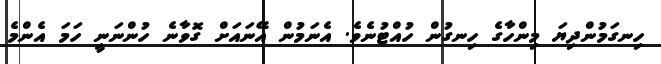
ހިނގަމުންދިޔަ މިންހާގެ ހިނގުން ހުއްޓުނެވެ. އެނަމުން އޭނައަށް ގޮވާނެ ހުންނަނީ ހަމަ އެންމެ